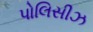
પોલિસીઝ